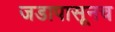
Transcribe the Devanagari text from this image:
जडापासूनच